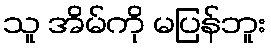
သူ အိမ်ကို မပြန်ဘူး